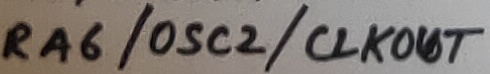
Text: RA6/OSC2/CLKOUT